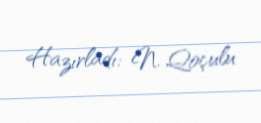
Hazırladı: N. Qoçulu